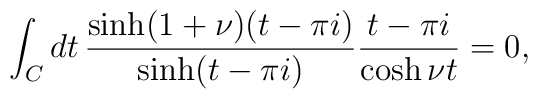
\int_C dt\,\frac{\sinh(1+\nu)(t-\pi i)}{\sinh(t-\pi i)}\frac{t-\pi i}{\cosh \nu t}=0,